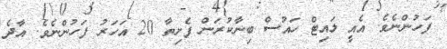
ފަހުންނެވެ. އެއީ ލައިޓް ހައުސް ބިނާކުރަން ފެށިތާ 20 އަހަރު ފަހުންނެވެ. އާދެ